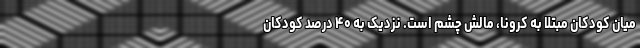
میان کودکان مبتلا به کرونا، مالش چشم است. نزدیک به ۴۰ درصد کودکان